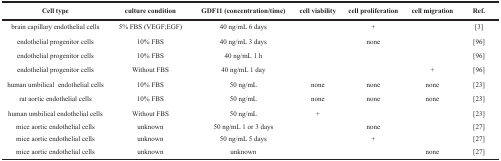
| Cell type | culture condition | GDF11 (concentration/time) | cell viability | cell proliferation | cell migration | Ref. |
 | --- | --- | --- | --- | --- | --- | --- |
 | brain capillary endothelial cells | 5% FBS (VEGF;EGF) | 40 ng/mL 6 days |  | + |  | [3] |
 | endothelial progenitor cells | 10% FBS | 40 ng/mL 3 days |  | none |  | [96] |
 | endothelial progenitor cells | 10% FBS | 40 ng/mL 1 h |  |  |  | [96] |
 | endothelial progenitor cells | Without FBS | 40 ng/mL 1 day |  |  | + | [96] |
 | human umbilical endothelial cells | 10% FBS | 50 ng/mL | none | none | none | [23] |
 | rat aortic endothelial cells | 10% FBS | 50 ng/mL | none | none | none | [23] |
 | human umbilical endothelial cells | Without FBS | 50 ng/mL | + |  |  | [23] |
 | mice aortic endothelial cells | unknown | 50 ng/mL 1 or 3 days |  | none |  | [27] |
 | mice aortic endothelial cells | unknown | 50 ng/mL 5 days |  | + |  | [27] |
 | mice aortic endothelial cells | unknown | unknown |  |  | none | [27] |